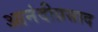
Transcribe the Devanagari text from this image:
आनंदीप्रसाद